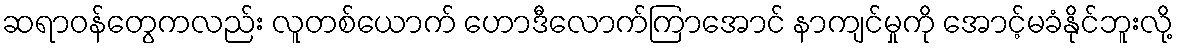
ဆရာဝန်တွေကလည်း လူတစ်ယောက် ဟောဒီလောက်ကြာအောင် နာကျင်မှုကို အောင့်မခံနိုင်ဘူးလို့